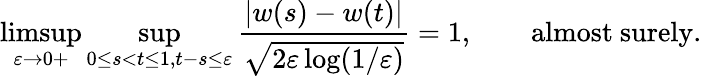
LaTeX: \operatorname*{limsup}_{\varepsilon\to 0+}\operatorname*{sup}_{0\leq s<t\leq 1,t-s\leq\varepsilon}{\frac{|w(s)-w(t)|}{\sqrt{2\varepsilon\log(1/\varepsilon)}}}=1,\qquad{\mathrm{almost~surely}}.